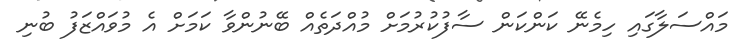
މައްސަލާގައި ހިމެނޭ ކަންކަން ސާފުކުރުމަށް މުއްދަތެއް ބޭނުންވާ ކަމަށް އެ މުވައްޒަފު ބުނި